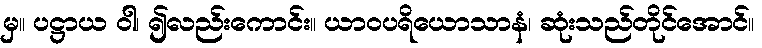
မှ။ ပဋ္ဌာယ ဝါ၊ ၍လည်းကောင်း။ ယာဝပရိယောသာနံ၊ ဆုံးသည်တိုင်အောင်။